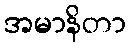
အမာနိတာ